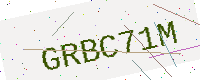
Text: GRBC71M